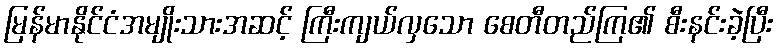
မြန်မာနိုင်ငံအမျိုးသားအဆင့် ကြီးကျယ်လှသော စေတီတည်ကြ၏ စီးနင်းခဲ့ပြီး